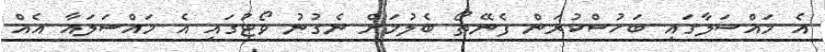
އެ މައްސަލާގައި ބަހުސްކުރަން ފެނޭތޯ ބެލުމަށް ނެގުނު ވޯޓުގައި އެ މައްސަލައާ އެއް